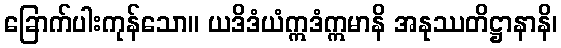
ခြောက်ပါးကုန်သော။ ယဒိဒံယံဣဒံဣမာနိ အနုဿတိဋ္ဌာနာနိ၊